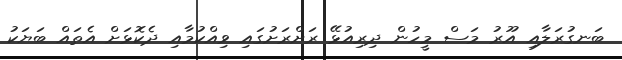
ބަނގުރަލާއި އޫރު މަސް މީހުން ދިރިއުޅޭ ރަށްރަށުގައި ވިއްކުމާއި ދެކޮޅަށް އެތައް ބަޔަކު